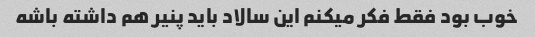
خوب بود فقط فکر میکنم این سالاد باید پنیر هم داشته باشه